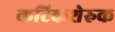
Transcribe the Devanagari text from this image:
कटिकशेरुक